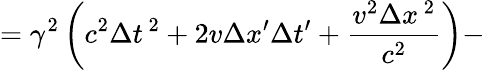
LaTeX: =\gamma^{2}\left(c^{2}\Delta t^{\, 2}+2v\Delta x^{\prime}\Delta t^{\prime}+{\frac{v^{2}\Delta x^{\, 2}}{c^{2}}}\right)-